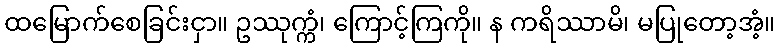
ထမြောက်စေခြင်းငှာ။ ဥဿုက္ကံ၊ ကြောင့်ကြကို။ န ကရိဿာမိ၊ မပြုတော့အံ့။